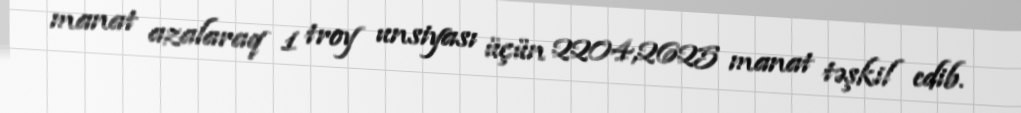
manat azalaraq 1 troy unsiyası üçün 2204,2625 manat təşkil edib.